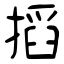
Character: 搯